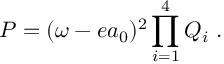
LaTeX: P = ( \omega - e a _ { 0 } ) ^ { 2 } \prod _ { i = 1 } ^ { 4 } Q _ { i } \ .